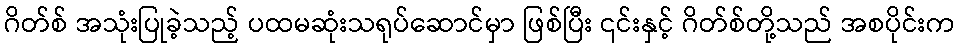
ဂိတ်စ် အသုံးပြုခဲ့သည့် ပထမဆုံးသရုပ်ဆောင်မှာ ဖြစ်ပြီး ၎င်းနှင့် ဂိတ်စ်တို့သည် အစပိုင်းက